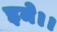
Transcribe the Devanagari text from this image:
इमे।।